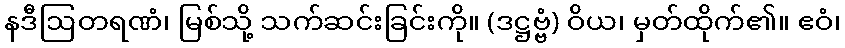
နဒီဩတရဏံ၊ မြစ်သို့ သက်ဆင်းခြင်းကို။ (ဒဋ္ဌဗ္ဗံ) ဝိယ၊ မှတ်ထိုက်၏။ ဧဝံ၊